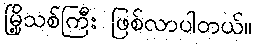
မြို့သစ်ကြီး ဖြစ်လာပါတယ်။